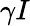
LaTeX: \gamma I